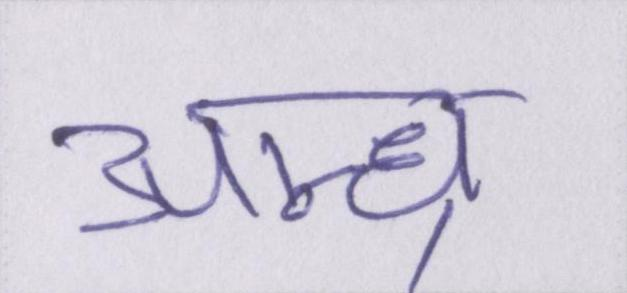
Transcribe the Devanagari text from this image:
आन्ध्र